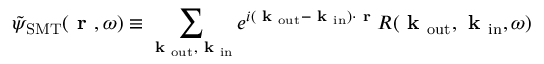
\Tilde { \psi } _ { \mathrm { S M T } } ( \textbf { r } , \omega ) \equiv \sum _ { \mathrm { \textbf { k } _ { o u t } , \textbf { k } _ { \mathrm { i n } } } } e ^ { i ( \textbf { k } _ { \mathrm { o u t } } - \textbf { k } _ { \mathrm { i n } } ) \cdot \textbf { r } } R ( \textbf { k } _ { \mathrm { o u t } } , \textbf { k } _ { \mathrm { i n } } , \omega )